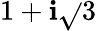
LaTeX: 1+\mathbf{i}{\sqrt{}{{3}}}